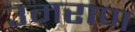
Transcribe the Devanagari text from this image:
उमराण